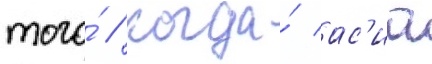
того́ / когда́ ас'иа